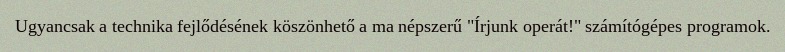
Ugyancsak a technika fejlődésének köszönhető a ma népszerű "Írjunk operát!" számítógépes programok.